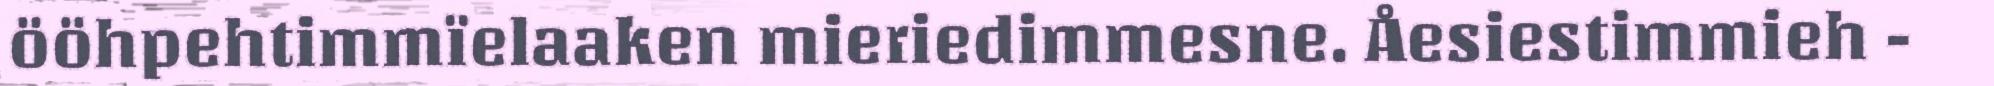
ööhpehtimmïelaaken mieriedimmesne. Åesiestimmieh -